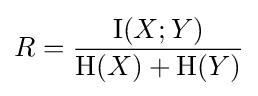
R={\frac {\operatorname {I} (X;Y)}{\mathrm {H} (X)+\mathrm {H} (Y)}}